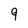
Character: 9